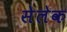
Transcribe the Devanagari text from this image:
सेलेक